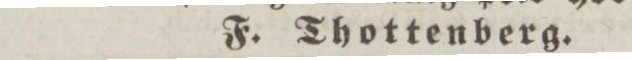
F. Thottenberg.